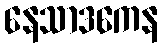
နေသာဒကေန